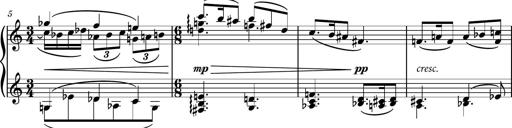
Title: Piano Sonatina No.7
Composer: Dimitri Sykias
Key: G major